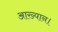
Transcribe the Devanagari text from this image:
आख्यान।